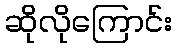
ဆိုလိုကြောင်း